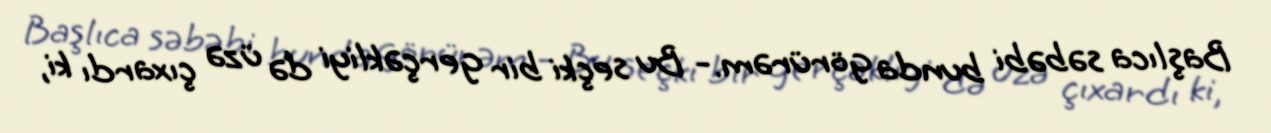
Başlıca səbəbi bunda görürəm.- Bu seçki bir gerçəkliyi də üzə çıxardı ki,